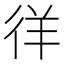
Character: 徉